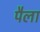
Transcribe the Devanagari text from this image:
पैला